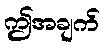
ဤအချက်